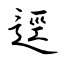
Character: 逕